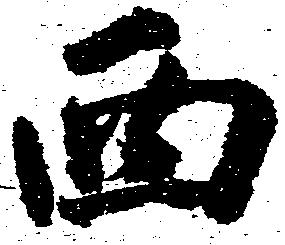
西